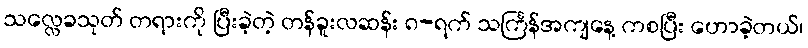
သလ္လေခသုတ် တရားကို ပြီးခဲ့တဲ့ တန်ခူးလဆန်း ၈-ရက် သင်္ကြန်အကျနေ့ ကစပြီး ဟောခဲ့တယ်၊